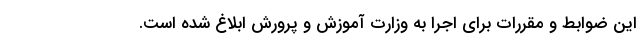
این ضوابط و مقررات برای اجرا به وزارت آموزش و پرورش ابلاغ شده است.